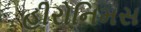
હીરોનિમસ